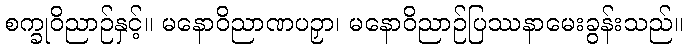
စက္ခုဝိညာဉ်နှင့်။ မနောဝိညာဏပဉှာ၊ မနောဝိညာဉ်ပြဿနာမေးခွန်းသည်။